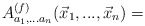
\begin{align*}A^{(f)}_{a_1,...a_n}(\vec x_1,...,\vec x_n) =\end{align*}